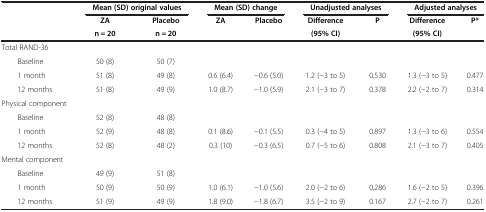
| <ROWSPAN=2>  | <COLSPAN=2> Mean (SD) original values | <COLSPAN=2> Mean (SD) change | <COLSPAN=2> Unadjusted analyses | <COLSPAN=2> Adjusted analyses |
 | ZA | Placebo | ZA | Placebo | Difference | P | Difference | P* |
 |  | n = 20 | n = 20 |  |  | (95% CI) |  | (95% CI) |  |
 | --- | --- | --- | --- | --- | --- | --- | --- | --- |
 | Total RAND-36 |  |  |  |  |  |  |  |  |
 | Baseline | 50 (8) | 50 (7) |  |  |  |  |  |  |
 | 1 month | 51 (8) | 49 (8) | 0.6 (6.4) | −0.6 (5.0) | 1.2 (−3 to 5) | 0.530 | 1.3 (−3 to 5) | 0.477 |
 | 12 months | 51 (8) | 49 (9) | 1.0 (8.7) | −1.0 (5.9) | 2.1 (−3 to 7) | 0.378 | 2.2 (−2 to 7) | 0.314 |
 | Physical component |  |  |  |  |  |  |  |  |
 | Baseline | 52 (8) | 48 (8) |  |  |  |  |  |  |
 | 1 month | 52 (9) | 48 (8) | 0.1 (8.6) | −0.1 (5.5) | 0.3 (−4 to 5) | 0.897 | 1.3 (−3 to 6) | 0.554 |
 | 12 months | 52 (8) | 48 (2) | 0.3 (10) | −0.3 (6.5) | 0.7 (−5 to 6) | 0.808 | 2.1 (−3 to 7) | 0.405 |
 | Mental component |  |  |  |  |  |  |  |  |
 | Baseline | 49 (9) | 51 (8) |  |  |  |  |  |  |
 | 1 month | 50 (9) | 50 (9) | 1.0 (6.1) | −1.0 (5.6) | 2.0 (−2 to 6) | 0.286 | 1.6 (−2 to 5) | 0.396 |
 | 12 months | 51 (9) | 49 (9) | 1.8 (9.0) | −1.8 (6.7) | 3.5 (−2 to 9) | 0.167 | 2.7 (−2 to 7) | 0.261 |